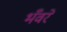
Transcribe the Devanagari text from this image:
भँवरे